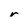
Character: r